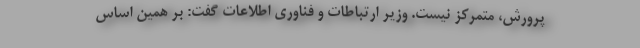
پرورش، متمرکز نیست. وزیر ارتباطات و فناوری اطلاعات گفت: بر همین اساس